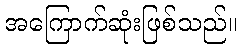
အကြောက်ဆုံးဖြစ်သည်။